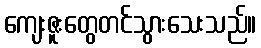
ကျေးဇူးတွေတင်သွားသေးသည်။